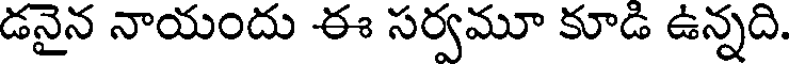
డనైన నాయందు ఈ సర్వమూ కూడి ఉన్నది.